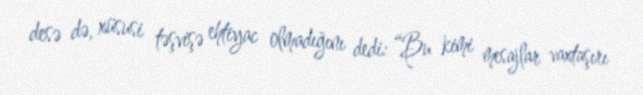
desə də, xüsusi təşvişə ehtiyac olmadığını dedi: “Bu kimi mesajlar vaxtaşırı